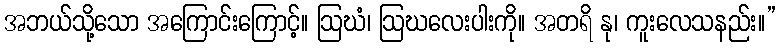
အဘယ်သို့သော အကြောင်းကြောင့်။ ဩဃံ၊ ဩဃလေးပါးကို။ အတရိ နု၊ ကူးလေသနည်း။”